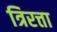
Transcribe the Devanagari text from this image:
त्रिरत्ता